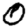
Digit: 0